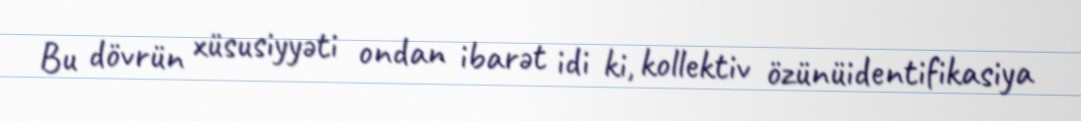
Bu dövrün xüsusiyyəti ondan ibarət idi ki, kollektiv özünüidentifikasiya